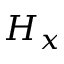
H _ { x }